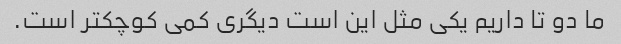
ما دو تا داریم یکی مثل این است دیگری کمی کوچکتر است.